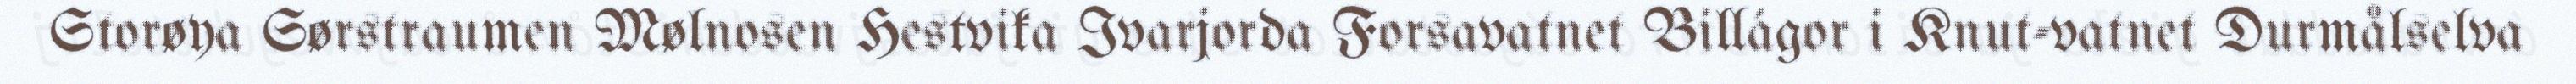
Storøya Sørstraumen Mølnosen Hestvika Ivarjorda Forsavatnet Billágor i Knut-vatnet Durmålselva